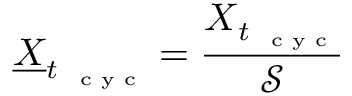
\underline { { \boldsymbol X } } _ { t _ { \mathrm { ~ \tiny ~ c ~ y ~ c ~ } } } = \frac { \boldsymbol X _ { t _ { \mathrm { ~ \tiny ~ c ~ y ~ c ~ } } } } { \mathcal S }